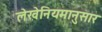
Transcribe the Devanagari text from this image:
लेखेनियमानुसार